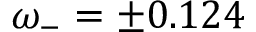
\omega _ { - } = \pm 0 . 1 2 4